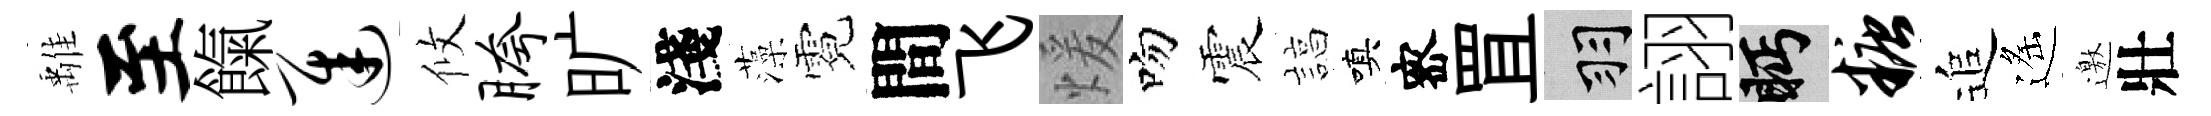
𩀌至餼迟攸胯旷淺藻霓間飞煖吻震諄嗔宻罝羽詡眄糖追遙邀壯